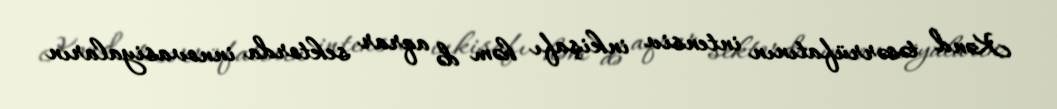
Kənd təsərrüfatının intensiv inkişafı həm də aqrar sektorda innovasiyaların